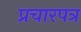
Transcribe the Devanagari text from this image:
प्रचारपत्र